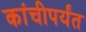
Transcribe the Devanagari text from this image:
कांचीपर्यंत